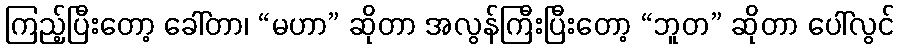
ကြည့်ပြီးတော့ ခေါ်တာ၊ “မဟာ” ဆိုတာ အလွန်ကြီးပြီးတော့ “ဘူတ” ဆိုတာ ပေါ်လွင်